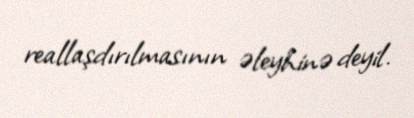
reallaşdırılmasının əleyhinə deyil.